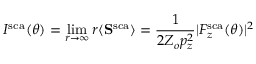
I ^ { \mathrm { s c a } } ( \theta ) = \operatorname* { l i m } _ { r \rightarrow \infty } r \langle \mathbf { S } ^ { \mathrm { s c a } } \rangle = \frac { 1 } { 2 Z _ { o } p _ { z } ^ { 2 } } | F _ { z } ^ { \mathrm { s c a } } ( \theta ) | ^ { 2 }